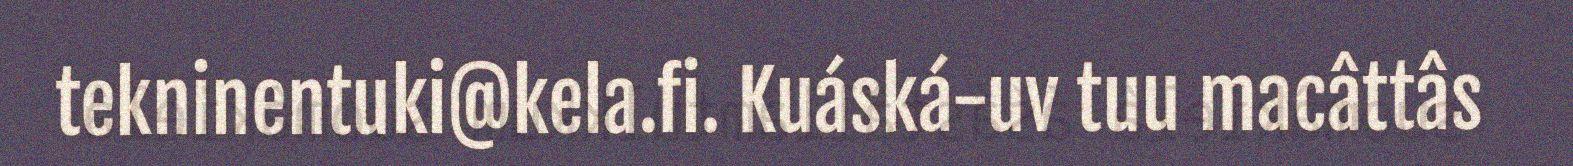
tekninentuki@kela.fi. Kuáská-uv tuu macâttâs